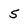
Character: 5